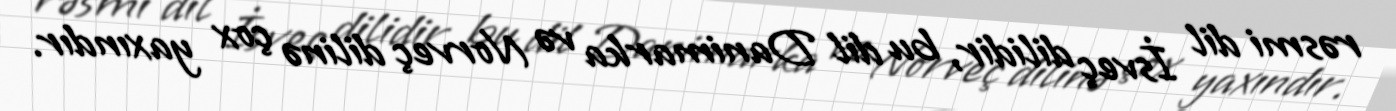
rəsmi dil İsveç dilidir, bu dil Danimarka və Norveç dilinə çox yaxındır.